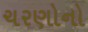
ચરણોનો